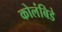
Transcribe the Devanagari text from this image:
कोलंबिडे